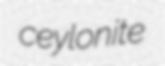
ceylonite